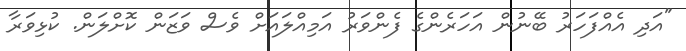
"އަދި އެއްފަހަރު ބޭނުން އަހަރެންގެ ފެންވަރު އަމިއްލައަށް ވެސް ވަޒަން ކޮށްލަން. ކުޅިވަރާ